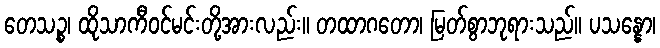
တေသဉ္စ၊ ထိုသာကီဝင်မင်းတို့အားလည်း။ တထာဂတော၊ မြတ်စွာဘုရားသည်။ ပသန္နော၊